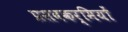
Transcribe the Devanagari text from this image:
प्रसवकर्मियों